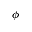
\phi